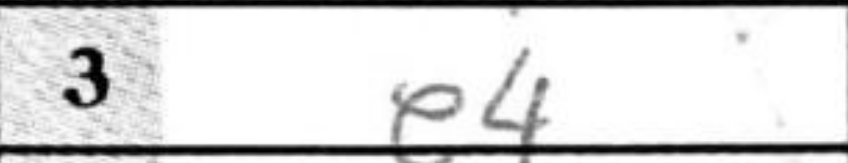
Transcription: e4